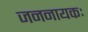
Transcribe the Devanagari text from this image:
जननायकः